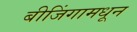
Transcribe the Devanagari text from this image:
बीजिंगामधून